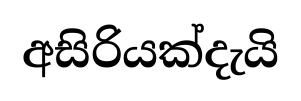
අසිරියක්දැයි